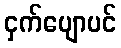
ငှက်ပျောပင်